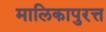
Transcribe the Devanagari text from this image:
मालिकापुरत्त